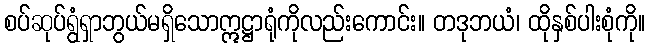
စပ်ဆုပ်ရွံရှာဘွယ်မရှိသောဣဋ္ဌာရုံကိုလည်းကောင်း။ တဒုဘယံ၊ ထိုနှစ်ပါးစုံကို။